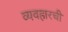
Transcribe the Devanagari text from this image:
व्यवहारची